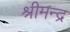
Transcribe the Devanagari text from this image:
श्रीमन्द्र